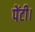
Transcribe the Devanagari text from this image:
पेंटी।